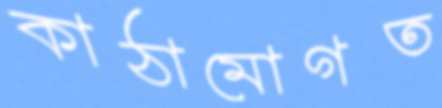
কাঠামোগত